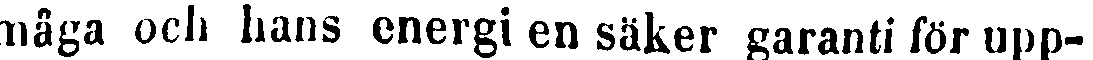
måga och hans energi en säker garanti för upp-